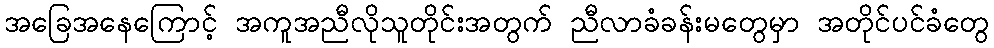
အခြေအနေကြောင့် အကူအညီလိုသူတိုင်းအတွက် ညီလာခံခန်းမတွေမှာ အတိုင်ပင်ခံတွေ